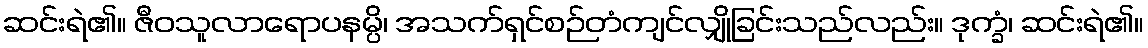
ဆင်းရဲ၏။ ဇီဝသူလာရောပနမ္ပိ၊ အသက်ရှင်စဉ်တံကျင်လျှိုခြင်းသည်လည်း။ ဒုက္ခံ၊ ဆင်းရဲ၏။